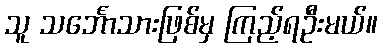
သူ သင်္ဘောသားဖြစ်မှ ကြည့်ရဦးမယ်။